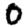
Digit: 0